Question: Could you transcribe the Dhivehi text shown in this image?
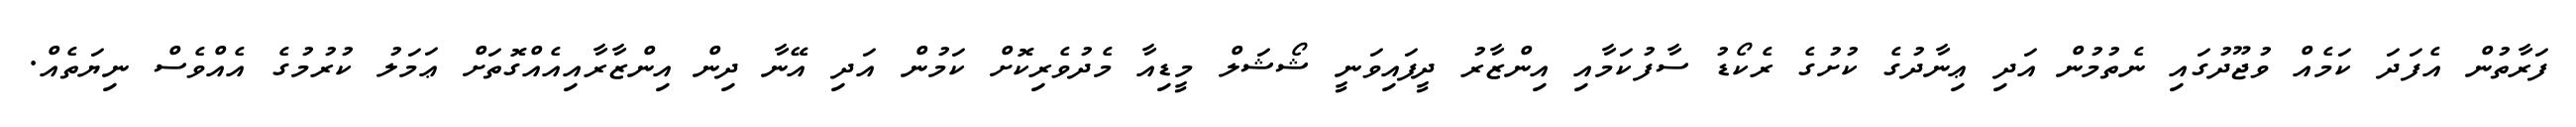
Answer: ފަރާތުން އެފަދަ ކަމެއް ވުޖޫދުގައި ނެތުމުން އަދި ޢިނާދުގެ ކުށުގެ ރެކޯޑު ސާފުކަމާއި އިންޒާރު ދީފައިވަނީ ޝޯޝަލް މީޑިއާ މެދުވެރިކޮށް ކަމުން އަދި އޭނާ ދިން އިންޒާރާއިއެއްގޮތަށް ޢަމަލު ކުރުމުގެ އެއްވެސް ނިޔަތެއް.